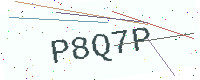
Text: P8Q7P